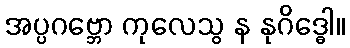
အပ္ပဂဗ္ဘော ကုလေသွ န နုဂိဒ္ဓေါ။